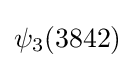
\psi _{3}(3842)